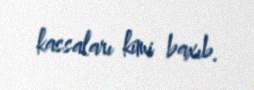
kassaları kimi baxıb.